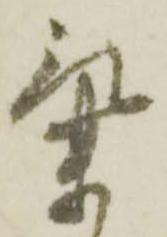
気